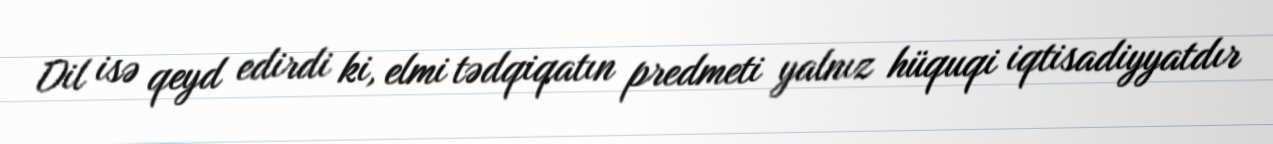
Dil isə qeyd edirdi ki, elmi tədqiqatın predmeti yalnız hüquqi iqtisadiyyatdır